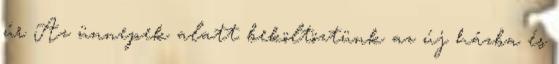
úr Az ünnepek alatt beköltöztünk az új házba és